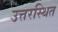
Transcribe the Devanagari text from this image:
उत्तरस्थित